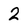
Character: 2